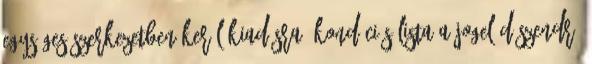
egységes szerkezetben kerül kiadásra. KONDÍCIÓS LISTA A jogelőd Szendrő